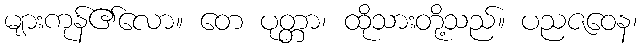
များကုန်၏လော။ တေ ပုတ္တာ၊ ထိုသားတို့သည်။ ပညဇဝေန၊